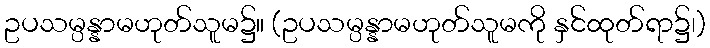
ဥပသမ္ပန္နာမဟုတ်သူမ၌။ (ဥပသမ္ပန္နာမဟုတ်သူမကို နှင်ထုတ်ရာ၌၊)